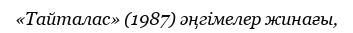
«Тайталас» (1987) әңгімелер жинағы,